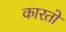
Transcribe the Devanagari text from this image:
कारतो